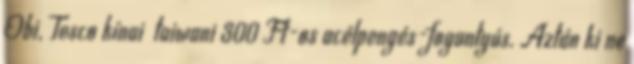
Obi, Tesco kínai taiwani 300 Ft-os acélpengés-fogantyús. Aztán ki ne